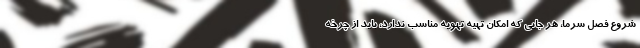
شروع فصل سرما، هر جایی که امکان تهیه تهویه مناسب ندارد، باید از چرخه